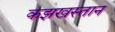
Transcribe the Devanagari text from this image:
कझखस्तान